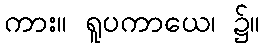
ကား။ ရူပကာယေ၊ ၌။